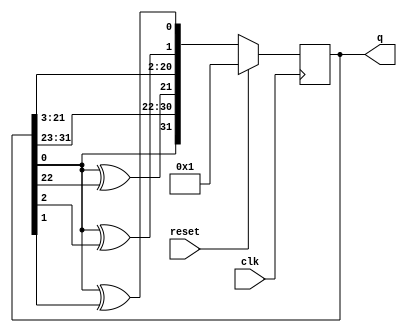
module top_module(
    input clk,
    input reset,    // Active-high synchronous reset to 32'h1
    output reg [31:0] q
); 
    //taps at bit positions 32, 22, 2, and 1.
    reg [31:0] q_next;
    always @(*) begin
        q_next = q[31:1];
        q_next[31] = q[0];
        q_next[21] = q[0]^q[22];
        q_next[1] = q[0]^q[2];
        q_next[0] = q[0]^q[1];
    end

    always @(posedge clk) begin
        if(reset) q <= 32'h1;
        else q<=q_next;
    end
endmodule